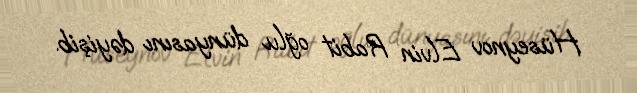
Hüseynov Elvin Rabit oğlu dünyasını dəyişib.